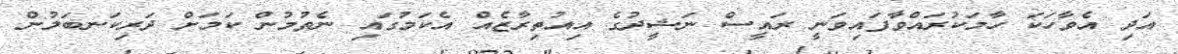
އަދި އެވާހަކަ ހާމަކުރައްވާފައިވަނީ ރައީސް ނަޝީދުގެ އިއުތިރާޒެއް އެކަމުގައި ނެތުމުން ކަމަށް ދަރިކަނބަލުން